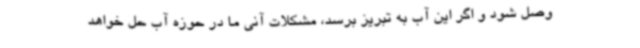
وصل شود و اگر این آب به تبریز برسد، مشکلات آنی ما در حوزه آب حل خواهد